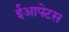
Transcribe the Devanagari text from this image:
ईआपेटस